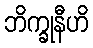
ဘိက္ခုနီဟိ